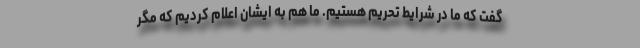
گفت که ما در شرایط تحریم هستیم. ما هم به ایشان اعلام کردیم که مگر